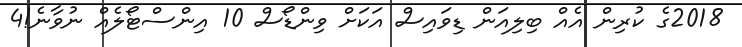
2018ގެ ކުރިން އެއް ބިލިއަން ޑިވައިސް އަކަށް ވިންޑޯސް 10 އިންސްޓޯލެއް ނުވާނެ!4